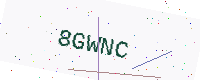
Text: 8GWNC